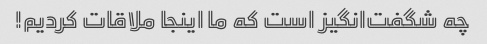
چه شگفت‌انگیز است که ما اینجا ملاقات کردیم!